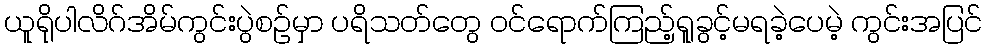
ယူရိုပါလိဂ်အိမ်ကွင်းပွဲစဉ်မှာ ပရိသတ်တွေ ဝင်ရောက်ကြည့်ရူခွင့်မရခဲ့ပေမဲ့ ကွင်းအပြင်